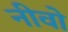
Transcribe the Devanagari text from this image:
नीवो